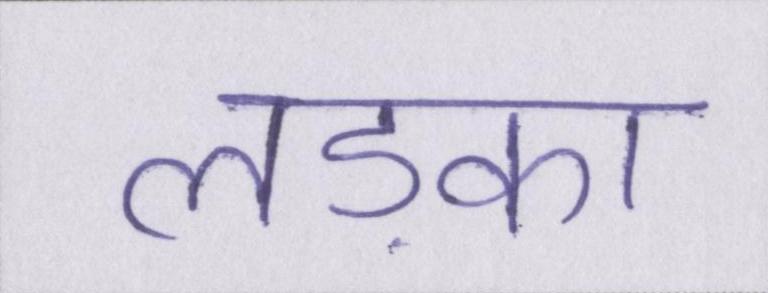
लड़्का